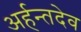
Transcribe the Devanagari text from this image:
अर्हन्तदेव